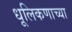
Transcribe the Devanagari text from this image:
धूलिकणाच्या